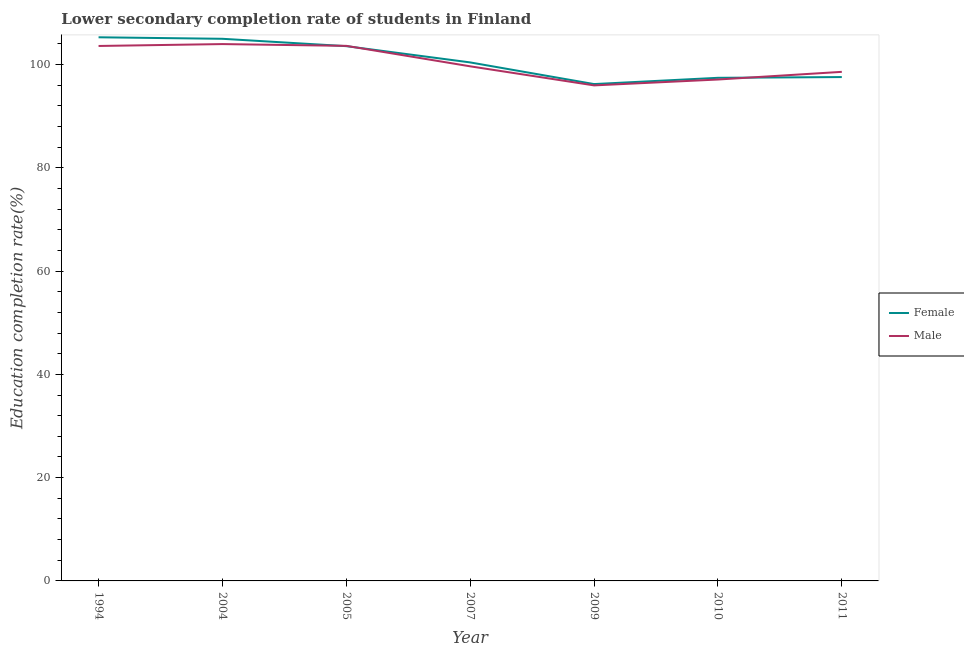
| Year | Female | Male |
 | --- | --- | --- |
 | 1994 | 105 | 104 |
 | 2004 | 105 | 104 |
 | 2005 | 104 | 104 |
 | 2007 | 100 | 99.6 |
 | 2009 | 96.2 | 96 |
 | 2010 | 97.4 | 97.1 |
 | 2011 | 97.6 | 98.6 |